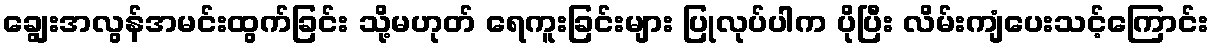
ချွေးအလွန်အမင်းထွက်ခြင်း သို့မဟုတ် ရေကူးခြင်းများ ပြုလုပ်ပါက ပိုပြီး လိမ်းကျံပေးသင့်ကြောင်း